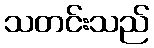
သတင်းသည်